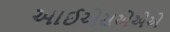
આઈએસએએએ